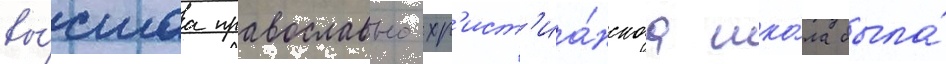
вы́сшаа православно-хр'ист'иа́нскаа шко́ла была́